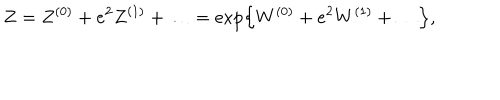
LaTeX: Z = Z ^ { ( 0 ) } + e ^ { 2 } Z ^ { ( 1 ) } + \ldots = \exp \left\{ W ^ { ( 0 ) } + e ^ { 2 } W ^ { ( 1 ) } + \ldots \right\} ,